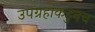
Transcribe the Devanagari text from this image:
उपग्रहांकडुनच